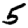
Digit: 5